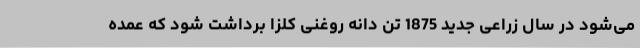
می‌شود در سال زراعی جدید 1875 تن دانه روغنی کلزا برداشت شود که عمده